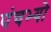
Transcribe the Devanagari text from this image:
पंचभ्यो